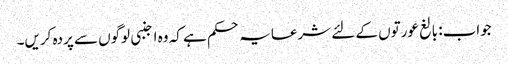
جواب: بالغ عورتوں کے لئے شرعایہ حکم ہے کہ وہ اجنبی لوگوں سے پردہ کریں۔